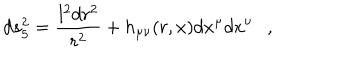
d s _ { 5 } ^ { 2 } = { \frac { l ^ { 2 } d r ^ { 2 } } { r ^ { 2 } } } + h _ { \mu \nu } ( r , x ) d x ^ { \mu } d x ^ { \nu } ,